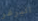
البرغر